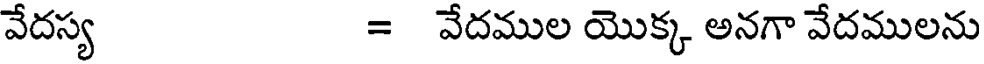
వేదస్య = వేదముల యొక్క అనగా వేదములను